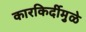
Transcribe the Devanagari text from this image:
कारकिर्दीमुळे